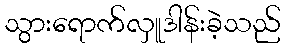
သွားရောက်လှူဒါန်းခဲ့သည်